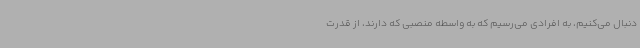
دنبال می‌کنیم، به افرادی می‌رسیم که به واسطه منصبی که دارند، از قدرت